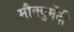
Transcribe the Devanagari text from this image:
मौक्युमेंट्री